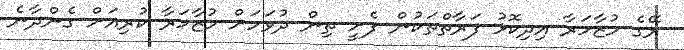
ރޭގެ މުޒާހަރާ އިދިކޮޅު ފަރާތްތަކުން ފެށީ ތިން ދުވަހަށް މުޒާހަރާ ކުރިއަށް ގެންދާނެ